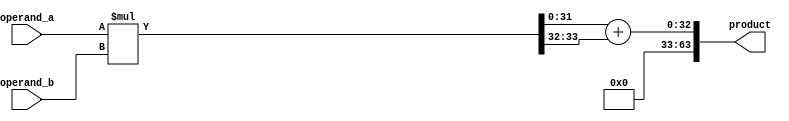
module sequential_booth_multiplier (
    input wire [31:0] operand_a,
    input wire [31:0] operand_b,
    output reg [63:0] product
);

reg [33:0] partial_product;

always @(*) begin
    partial_product = operand_a * operand_b;
end

always @(*) begin
    product = partial_product[31:0] + (partial_product >> 32);
end

endmodule